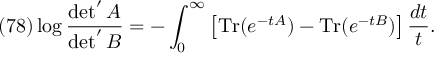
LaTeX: ( 7 8 ) \log \frac { \operatorname * { d e t } ^ { \prime } A } { \operatorname * { d e t } ^ { \prime } B } = - \int _ { 0 } ^ { \infty } \left[ \mathrm { T r } ( e ^ { - t A } ) - \mathrm { T r } ( e ^ { - t B } ) \right] \frac { d t } { t } .